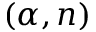
( \alpha , n )